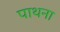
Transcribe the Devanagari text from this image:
पाथना